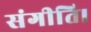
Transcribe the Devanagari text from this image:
संगीति।